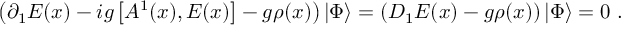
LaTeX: \left( \partial _ { 1 } E ( x ) - i g \left[ A ^ { 1 } ( x ) , E ( x ) \right] - g \rho ( x ) \right) | \Phi \rangle = \left( D _ { 1 } E ( x ) - g \rho ( x ) \right) | \Phi \rangle = 0 \ .